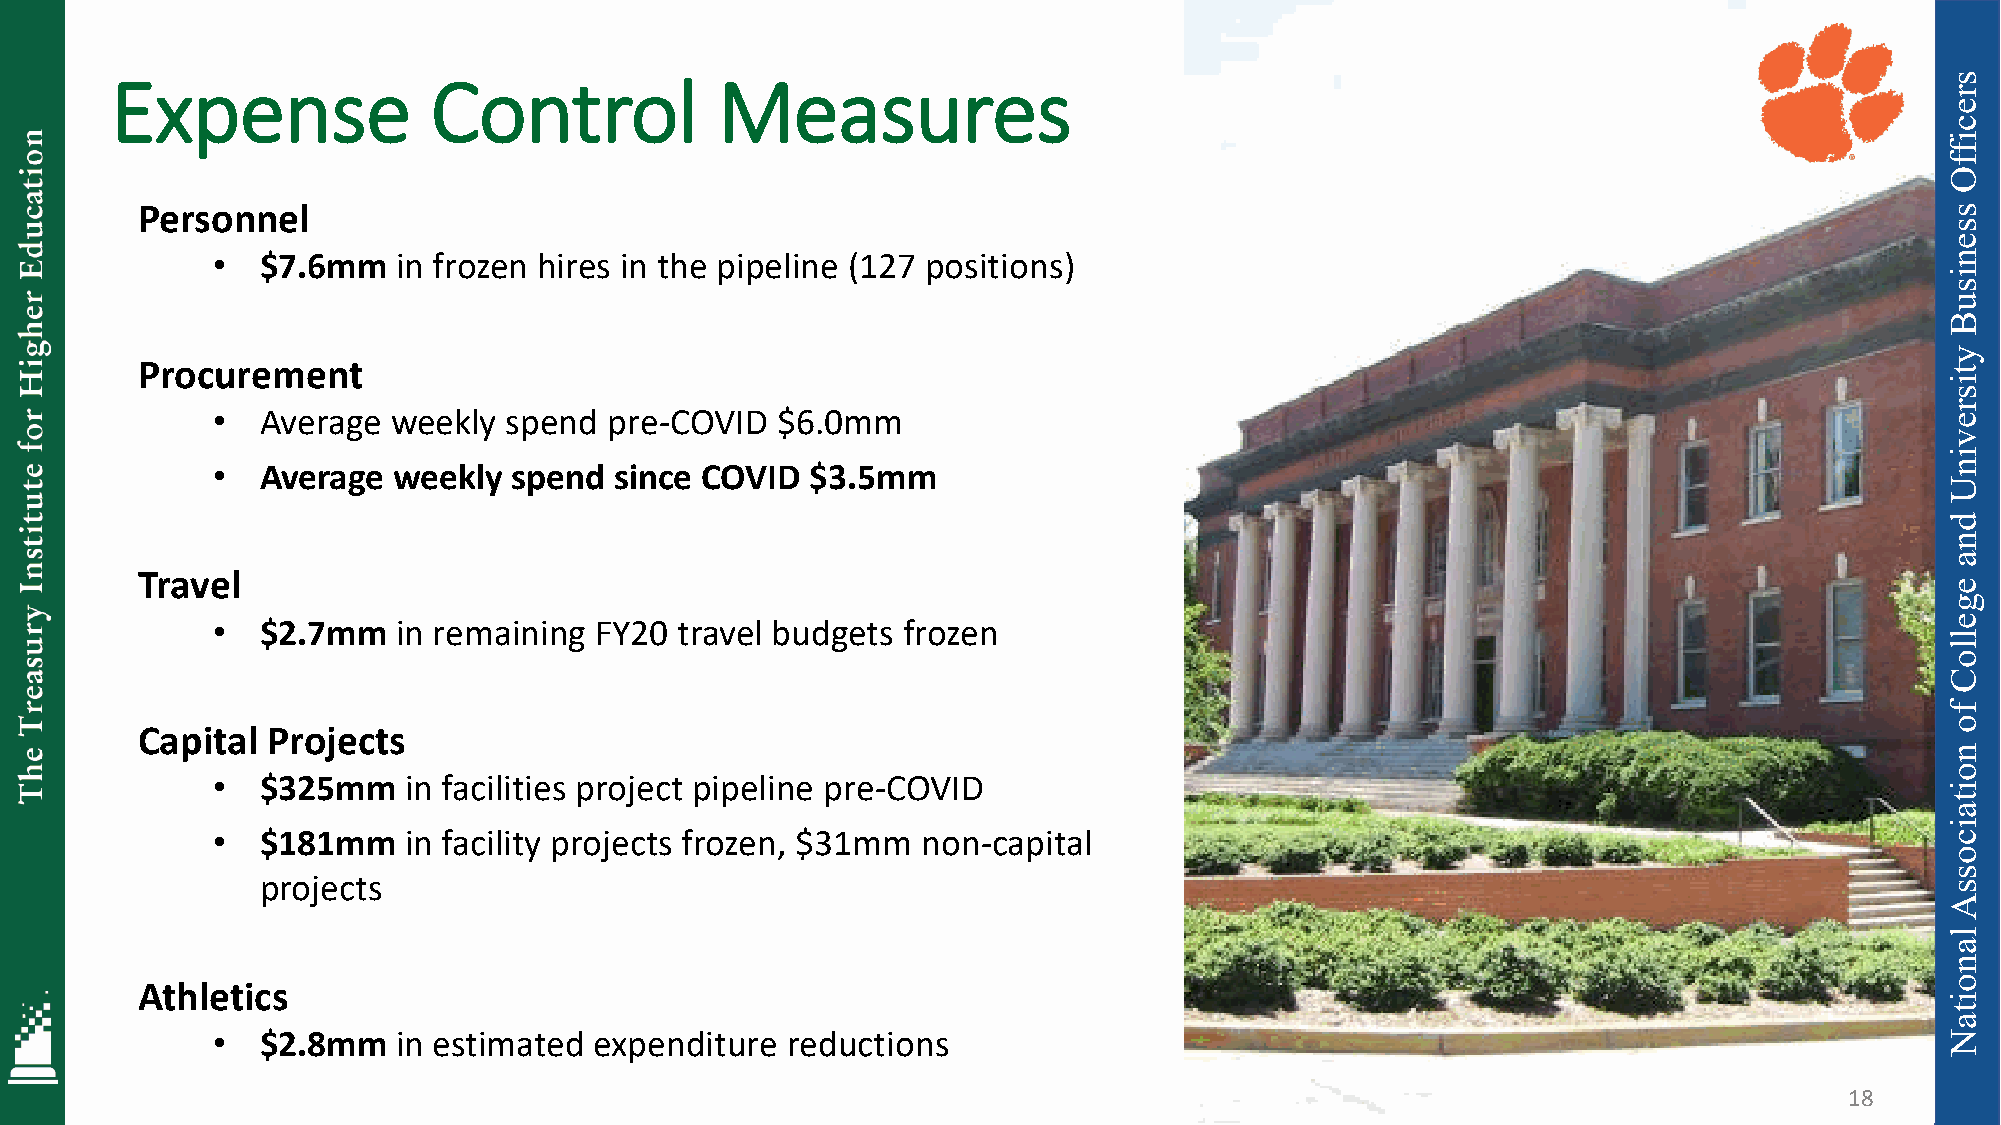
Expense              Control            Measures
 Personnel
 •  $7.6mm   in frozen hires in the pipeline (127 positions)
 Procurement
 •  Average  weekly spend  pre-COVID  $6.0mm
 •  Average  weekly  spend  since COVID  $3.5mm
 Travel
 •  $2.7mm   in remaining FY20  travel budgets frozen
 Capital  Projects
 •  $325mm    in facilities project pipeline pre-COVID
 •  $181mm    in facility projects frozen, $31mm non-capital
 projects
 Athletics
 •  $2.8mm   in estimated expenditure  reductions
 18
 18
 sreciffO
 ssenisuB
 ytisrevinU
 dna
 egelloC
 fo
 noitaicossA
 lanoitaN